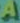
A